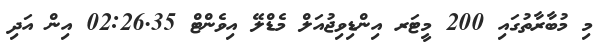
މި މުބާރާތުގައި 200 މީޓަރ އިންޑިވިޖުއަލް މެޑްލޭ އިވެންޓް 02:26.35 އިން އަދި